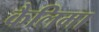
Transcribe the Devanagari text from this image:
कैलिमा